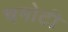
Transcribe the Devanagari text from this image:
चमोटी